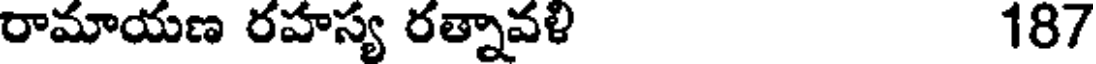
రామాయణ రహస్య రత్నావళి 187